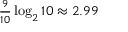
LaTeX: \textstyle { \frac { 9 } { 1 0 } } \log _ { 2 } { 1 0 } \approx 2 . 9 9